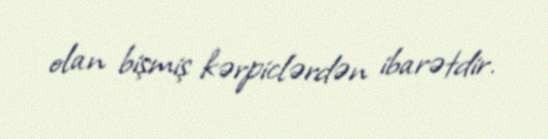
olan bişmiş kərpiclərdən ibarətdir.